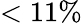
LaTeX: <11\%